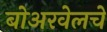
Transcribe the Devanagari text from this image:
बोअरवेलचे